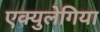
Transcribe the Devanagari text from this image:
एक्युलेगिया